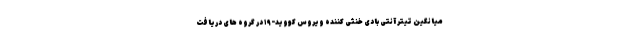
میانگین تیتر آنتی بادی خنثی کننده ویروس کووید-۱۹ در گروه های دریافت